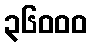
၃၆၀၀၀